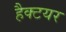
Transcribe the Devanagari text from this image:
हैक्टयर